Lunatic asylums in Bengal annual reports 1912-1924 - 1912-1924
Year: 1912
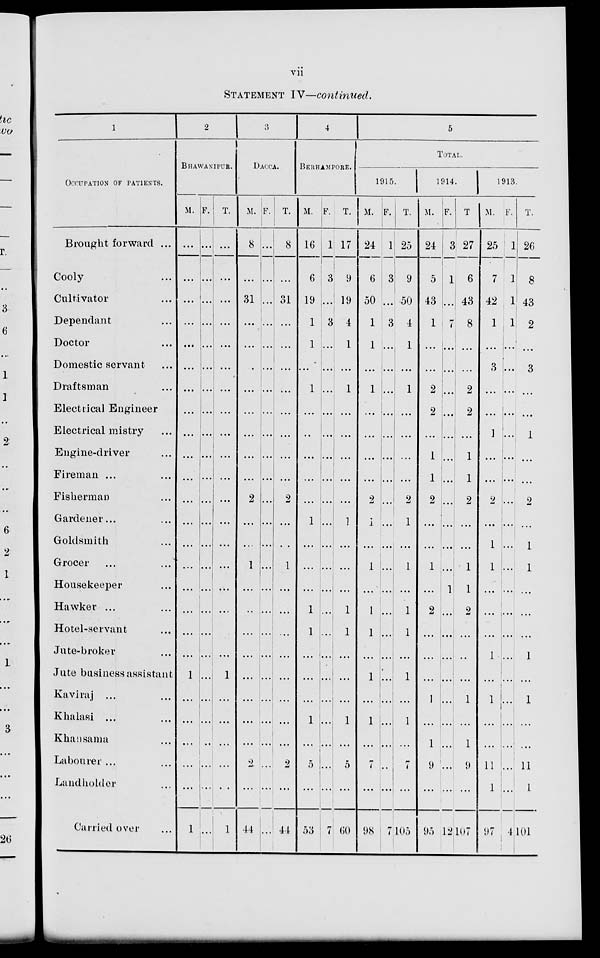
vii
STATEMENT IV—continued.
1
OCCUPATION OF PATIENTS.
Brought forward ...
Cooly ...
Cultivator ...
Dependant ...
Doctor ...
Domestic servant ...
Draftsman ...
Electrical Engineer
Electrical mistry ...
Engine-driver ...
Fireman ... ...
Fisherman ...
Gardener...
Goldsmith ...
Grocer ... ...
Housekeeper ...
Hawker ... ...
Hotel-servant ...
Jute-broker ...
Jute business assistant
Kaviraj ... ...
Khalasi ... ...
Khansama ...
Labourer ... ...
Landholder ...
Carried over ...
2
BHAWANIPUR.
M.
...
...
...
...
...
...
...
...
...
...
...
...
...
...
...
...
...
...
...
1
...
...
...
...
...
1
F.
...
...
...
...
...
...
...
...
...
...
...
...
...
...
...
...
...
...
...
...
...
...
...
...
...
...
T.
...
...
...
...
...
...
...
...
...
...
...
...
...
...
...
...
...
...
...
1
...
...
...
...
...
1
3
DACCA.
M.
8
...
31
...
...
...
...
...
...
...
...
2
...
...
1
...
...
...
...
...
...
...
...
2
...
44
F.
...
...
...
...
...
...
...
...
...
...
...
...
...
...
...
...
...
...
...
...
...
...
...
...
...
...
T.
8
...
31
...
...
...
...
...
...
...
...
2
...
...
1
...
...
...
...
...
...
...
2
...
44
4
BERHAMPORE.
M.
16
6
19
1
1
...
1
...
...
...
...
...
1
...
...
...
1
1
...
...
...
1
...
5
...
53
F.
1
3
...
3
...
...
...
...
...
...
...
...
...
...
...
...
...
...
...
...
...
...
...
...
...
7
T.
17
9
19
4
1
...
1
...
...
...
...
...
1
...
...
...
1
1
...
...
...
1
...
5
...
60
5
TOTAL.
1915.
M.
24
6
50
1
1
...
1
...
...
...
...
2
1
...
1
...
1
1
...
1
...
1
...
7
...
98
F.
1
3
...
3
...
...
...
...
...
...
...
...
...
...
...
...
...
...
...
...
...
...
...
...
...
7
T.
25
9
50
4
1
...
1
...
...
...
...
2
1
...
1
...
1
1
...
1
...
1
...
7
...
105
1914.
M.
24
5
43
1
...
...
2
2
...
1
1
2
...
...
1
...
2
...
...
...
1
...
1
9
...
95
F.
3
1
...
7
...
...
...
...
...
...
...
...
...
...
...
1
...
...
...
...
...
...
...
...
...
12
T.
27
6
43
8
...
...
2
2
...
1
1
2
...
...
1
1
2
...
...
...
1
...
1
9
...
107
1913.
M.
25
7
42
1
...
3
...
...
1
...
...
2
...
1
1
...
...
...
1
...
1
...
...
11
1
97
F.
1
1
1
1
...
...
...
...
...
...
...
...
...
...
...
...
...
...
...
...
...
..
...
...
...
4
T.
26
8
43
2
...
3
...
...
1
...
...
2
...
1
1
...
...
...
1
...
1
...
...
11
1
101